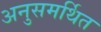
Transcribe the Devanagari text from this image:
अनुसमर्थित